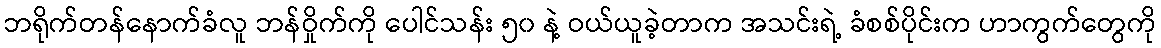
ဘရိုက်တန်နောက်ခံလူ ဘန်ဝှိုက်ကို ပေါင်သန်း ၅၀ နဲ့ ဝယ်ယူခဲ့တာက အသင်းရဲ့ ခံစစ်ပိုင်းက ဟာကွက်တွေကို